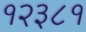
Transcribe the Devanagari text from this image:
१२३८१